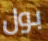
بول